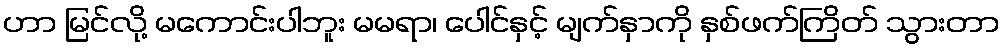
ဟာ မြင်လို့ မကောင်းပါဘူး မမရာ၊ ပေါင်နှင့် မျက်နှာကို နှစ်ဖက်ကြိတ် သွားတာ